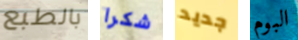
بالطبع شكرا جديد البوم